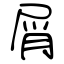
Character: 屑